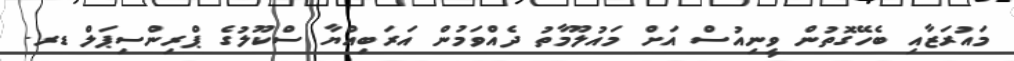
މައުރަޒާއި ބެހޭގޮތުން ވީނިއުސް އަށް މައުލޫމާތު ދެއްވަމުން އަރަބިއްޔާ ސްކޫލުގެ ޕްރިންސިޕަލް ޑރ.